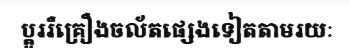
ប្តូររឺគ្រឿងចល័តផ្សេងទៀតតាមរយៈ